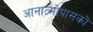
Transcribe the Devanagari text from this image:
आनात्मोपासकों